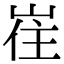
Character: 𡸌